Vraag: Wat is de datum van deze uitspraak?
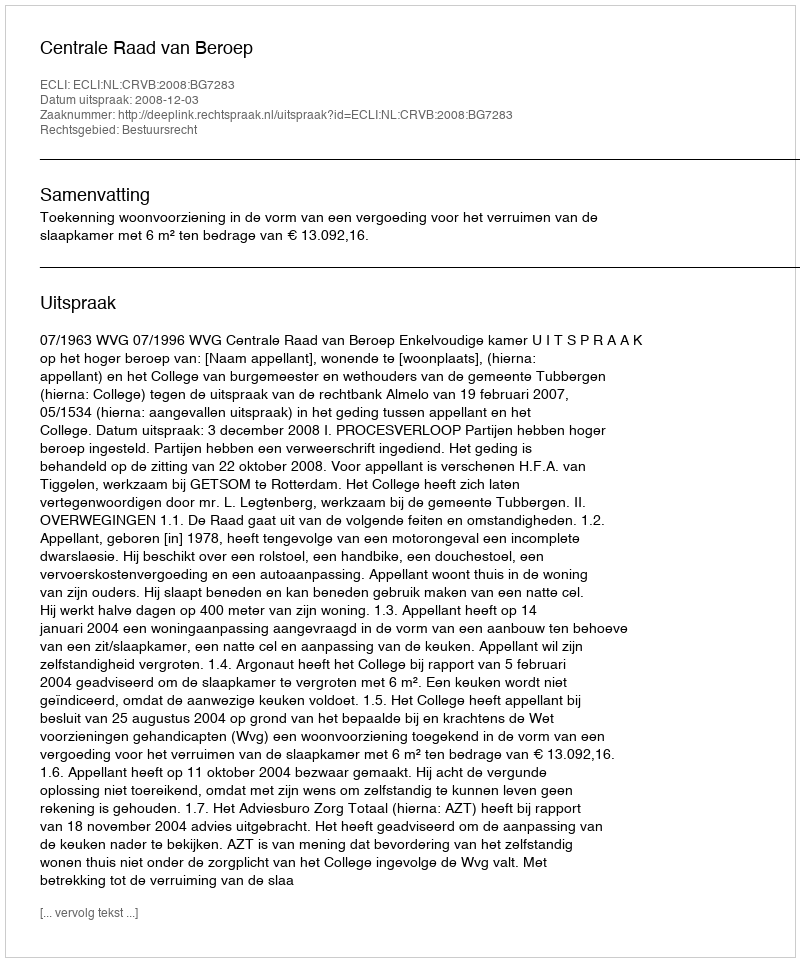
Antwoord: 2008-12-03